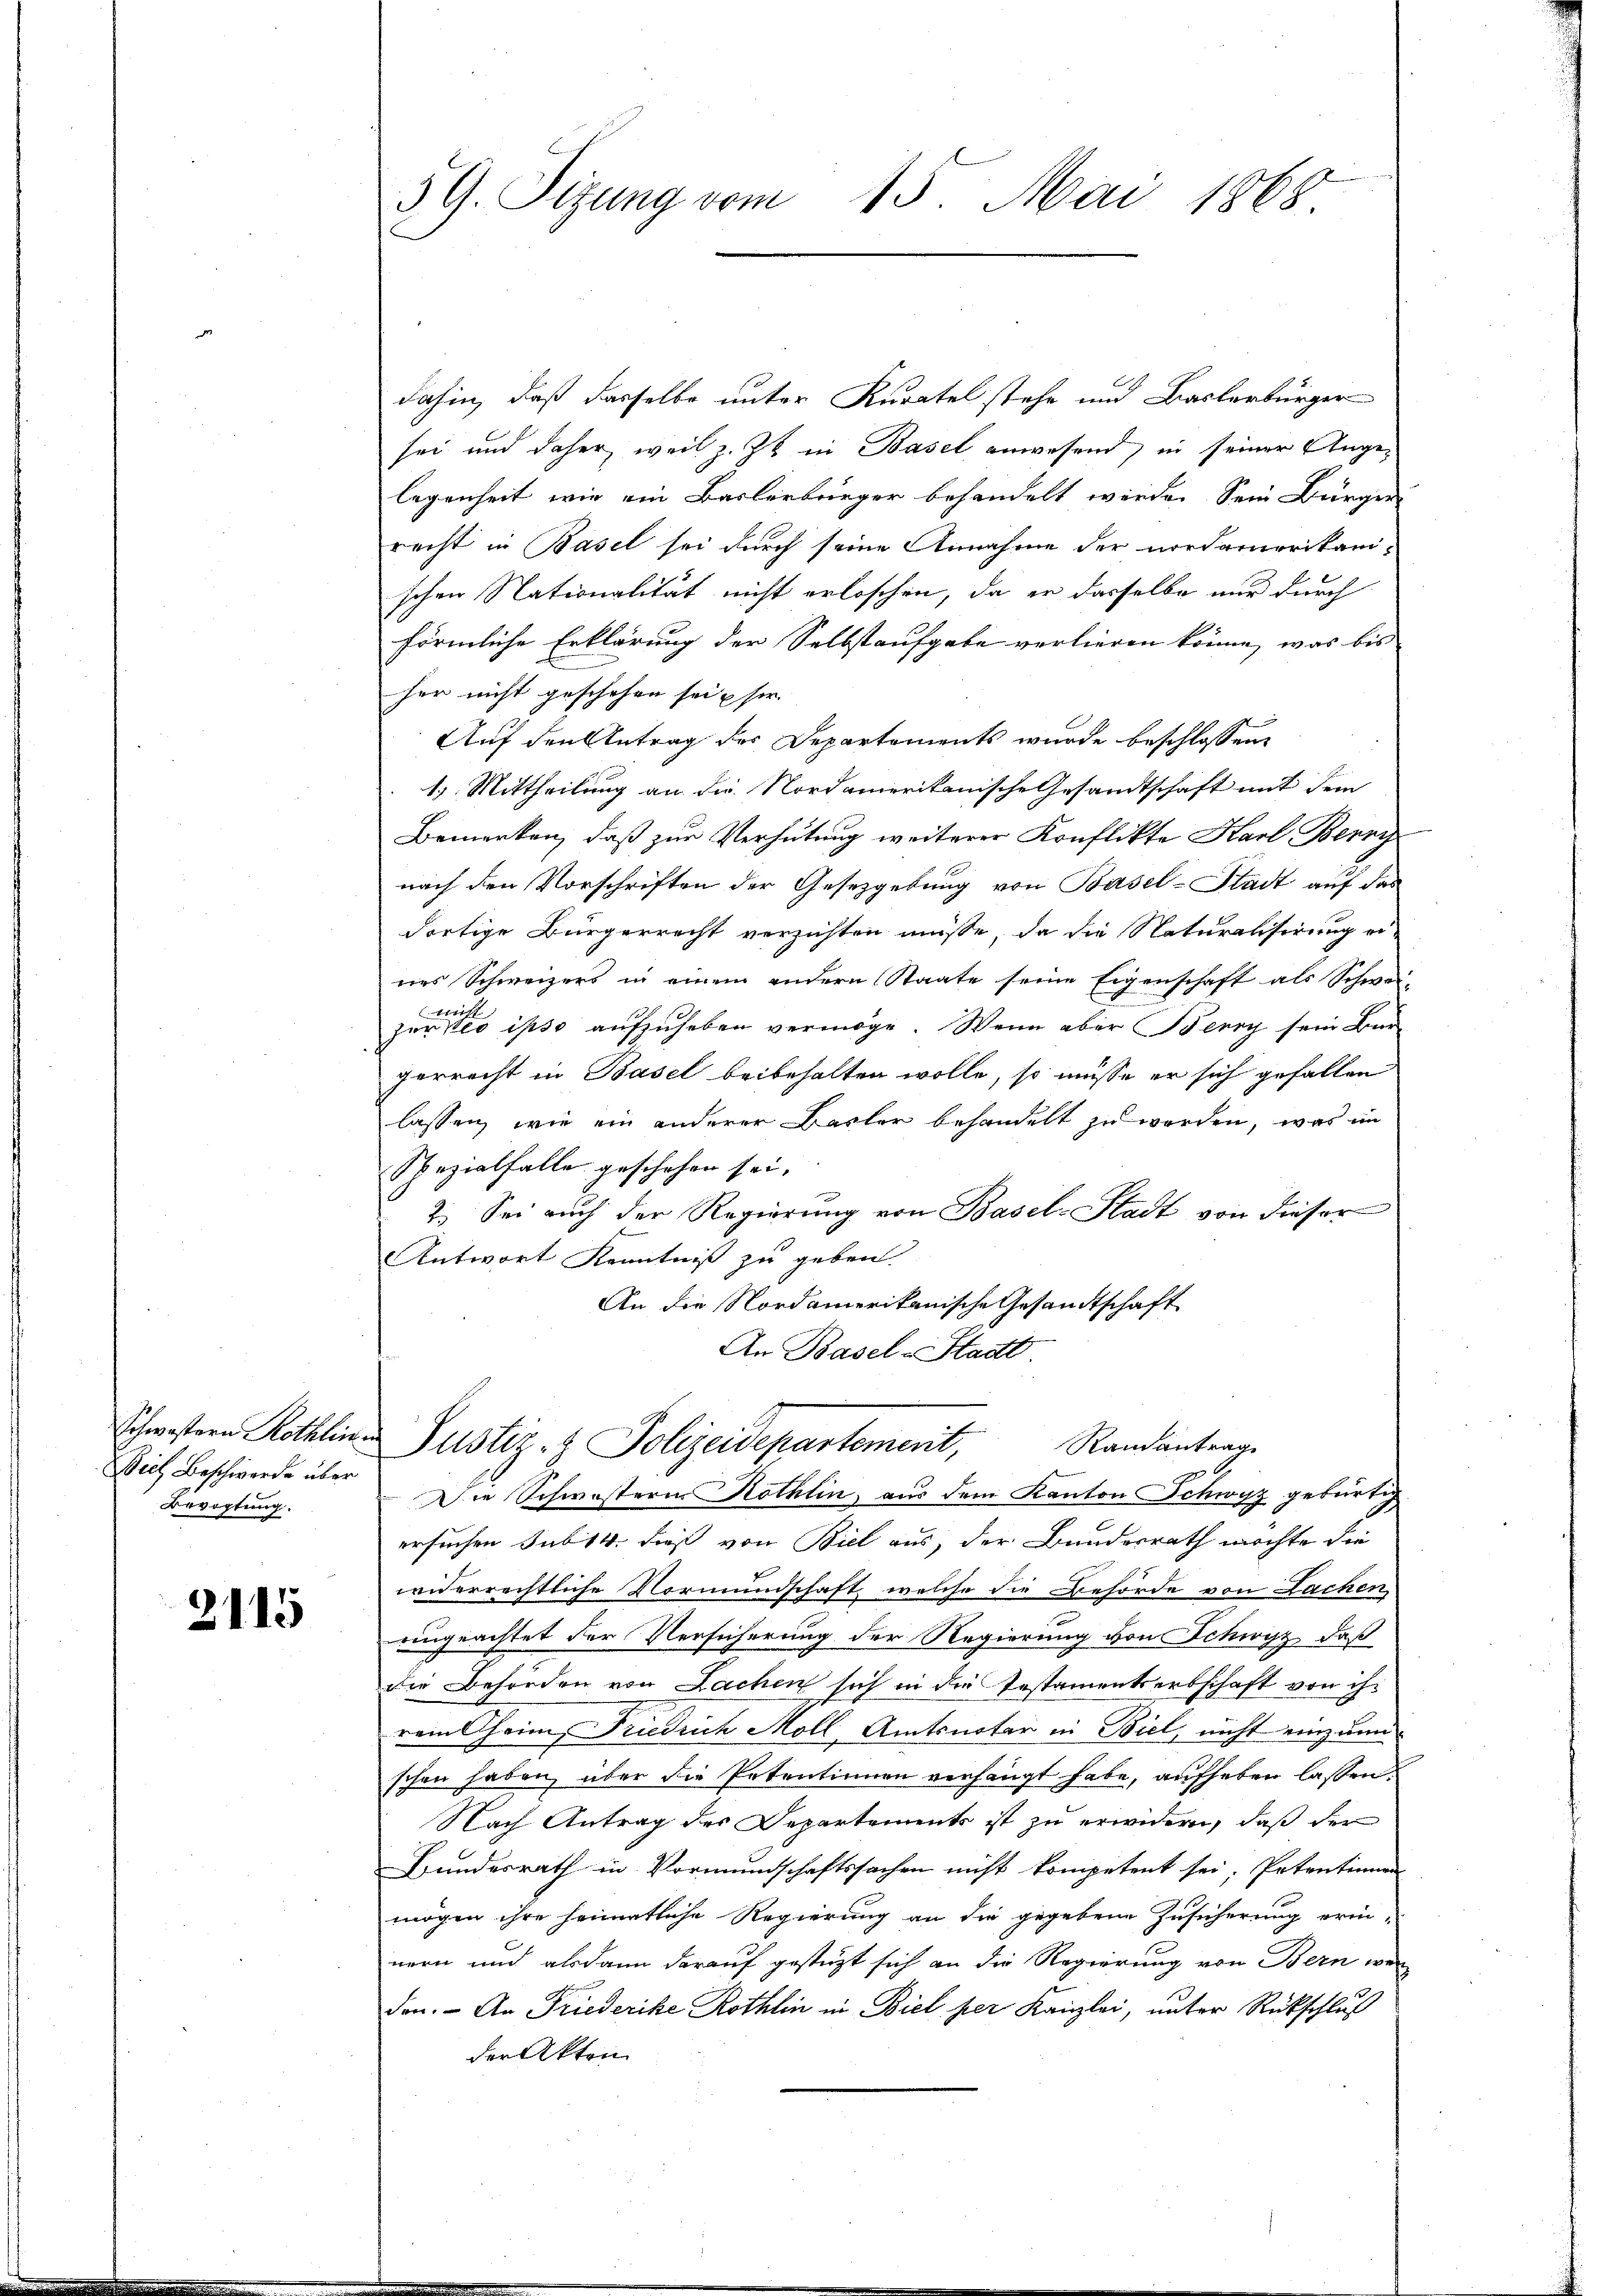
Dich Beschwerde über
Bevogtung.

2115

dahin, daß dasselbe unter Kuratel stehe und Baslerbürger
sei und daher, weil z. Zt. in Basel anwesend, in seiner Angelegenheit wie ein Baslerbürger behandelt werde. Sein Bürger
recht in Basel sei durch seine Annahme der nordamerikani-
schen Nationalität nicht erloschen, da er dasselbe nur durch
förmliche Erklärung der Selbstaufgabe verlieren könne, was bis
her nicht geschehen sei u sor
Auf den Antrag des Departements wurde beschlossen,
15. Mittheilung an die Nordamerikanische Gesandtschaft mit dem
Bemerken, daß zur Verhütung weiterer Konflikte Karl Berry
nach den Vorschriften der Gesetzgebung von Basel-Stadt auf das
dortige Bürgerrecht verzichten müsse, da die Naturalisirung ei
nes Schweizers in einem andern Staate seine Eigenschaft als Schwer-
zuro ipso aufzuheben vermöge. Wenn aber Berry sein Bargerrecht in Basel beibehalten wolle, so müsse er sich gefallen
lassen, wie ein anderer Basler behandelt zu werden, was im
Spezialfalle geschehen sei.
2. Sei auch der Regierung von Basel-Stadt von dieser
Antwort Kenntniß zu geben.
An die Nordamerikanische Gesandtschaft
An Basel-Stadt.

59. Sitzung vom 15. Mai 1868

Schwestern Röthlin Justiz- & Polizeidepartement,
Randantrag
Die Schwöstern Kothin, aus dem Kanton Schwyz gebürtig

ersuchen sub 14. dieß von Biel aus, der Bundesrath möchte die
widerrechtliche Vormundschaft, welche die Behörde von Lachen
ungeachtet der Versicherung der Regierung von Schwyz, daß
die Behörden von Lachen sich in die Instamentserbschaft von ihr
rem Cheim, Friedrich Moll, Amtsnotar in Biel, nicht einzum
schen haben, über die Petentinnen verhängt habe, aufheben lassen.
Nach Antrag des Departements ist zu erwidern, daß der
Bundesrath in Vormundschaftssachen nicht kompetent sei, Petentinnen
mögen ihre heimatliche Regierung an die gegebene Zusicherung erin-
nern und alsdann darauf gestützt sich an die Regierung von Bern wer
den. - An Friederike Rothlin in Biel per Kanzlei, unter Rückschluß
der Akten